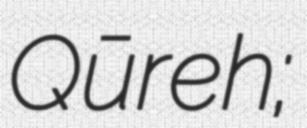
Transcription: Qūreh;